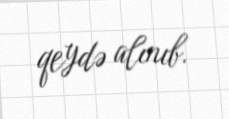
qeydə alınıb.